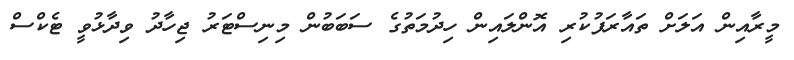
މީރާއިން އަލަށް ތައާރަފުކުރި އޮންލައިން ހިދުމަތުގެ ސަބަބުން މިނިސްޓަރު ޖިހާދު ވިދާޅުވީ ޓެކްސް